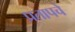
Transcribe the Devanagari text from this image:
प्रतापचे